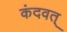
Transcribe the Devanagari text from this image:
कंदवत्‌